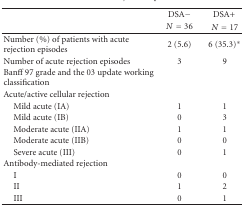
<table><thead><tr><td></td><td><b>DSA−<i>N</i> = 36</b></td><td><b>DSA+ <i>N</i> = 17</b></td></tr></thead><tbody><tr><td>Number (%) of patients with acute rejection episodes</td><td>2 (5.6)</td><td>6 (35.3)<sup>∗</sup></td></tr><tr><td>Number of acute rejection episodes</td><td>3</td><td>9</td></tr><tr><td>Banff 97 grade and the 03 update working classification</td><td></td><td></td></tr><tr><td>Acute/active cellular rejection</td><td></td><td></td></tr><tr><td> Mild acute (IA)</td><td>1</td><td>1</td></tr><tr><td> Mild acute (IB)</td><td>0</td><td>3</td></tr><tr><td> Moderate acute (IIA)</td><td>1</td><td>1</td></tr><tr><td> Moderate acute (IIB)</td><td>0</td><td>0</td></tr><tr><td> Severe acute (III)</td><td>0</td><td>1</td></tr><tr><td>Antibody-mediated rejection</td><td></td><td></td></tr><tr><td> I</td><td>0</td><td>0</td></tr><tr><td> II</td><td>1</td><td>2</td></tr><tr><td> III</td><td>0</td><td>1</td></tr></tbody></table>